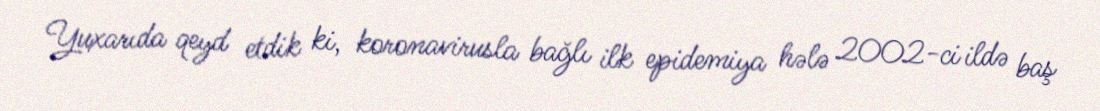
Yuxarıda qeyd etdik ki, koronavirusla bağlı ilk epidemiya hələ 2002-ci ildə baş